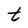
Character: t